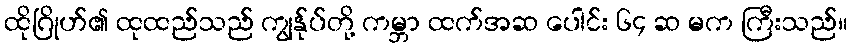
ထိုဂြိုဟ်၏ ထုထည်သည် ကျွန်ုပ်တို့ ကမ္ဘာ ထက်အဆ ပေါင်း ၆၄ ဆ မက ကြီးသည်။